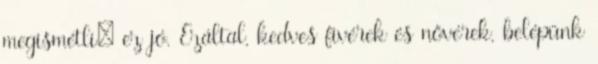
megismétli; ez jó. Ezáltal, kedves fivérek és nővérek, belépünk